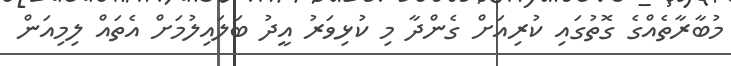
މުބާރާތެއްގެ ގޮތުގައި ކުރިއަށް ގެންދާ މި ކުޅިވަރު އީދު ބަލައިލުމަށް އެތައް ލިމިއަން